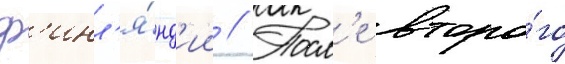
ф'инл'я́нд'ии // Посл'е второ́го